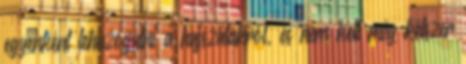
egyenként lehúzogatni a hajszálakról, és nem kell még kétszer